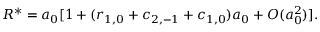
{ \cal R } ^ { * } = a _ { 0 } [ 1 + ( r _ { 1 , 0 } + c _ { 2 , - 1 } + c _ { 1 , 0 } ) a _ { 0 } + { \cal O } ( a _ { 0 } ^ { 2 } ) ] .